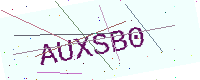
Text: AUXSB0